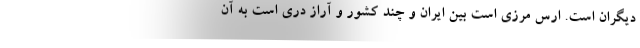
دیگران است. ارس مرزی است بین ایران و چند کشور و آراز دری است به آن